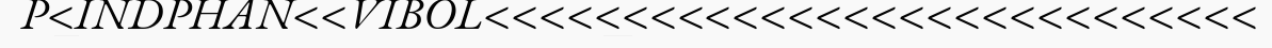
P<INDPHAN<<VIBOL<<<<<<<<<<<<<<<<<<<<<<<<<<<<